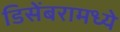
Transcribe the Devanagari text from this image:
डिसेंबरामध्ये